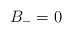
\begin{align*}B_- = 0\end{align*}